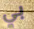
بي